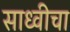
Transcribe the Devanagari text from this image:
साध्वीचा